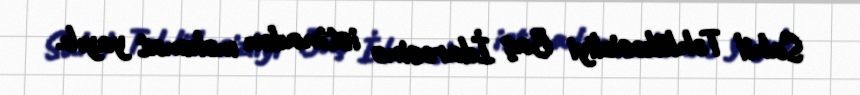
Sahil Təhlükəsizliyi Baş İdarəsinə istinadən məlumat yayıb.